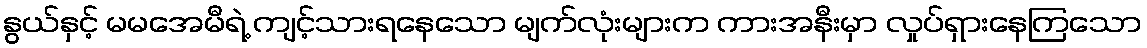
နွယ်နှင့် မမအေမီရဲ့ ကျင့်သားရနေသော မျက်လုံးများက ကားအနီးမှာ လှုပ်ရှားနေကြသော